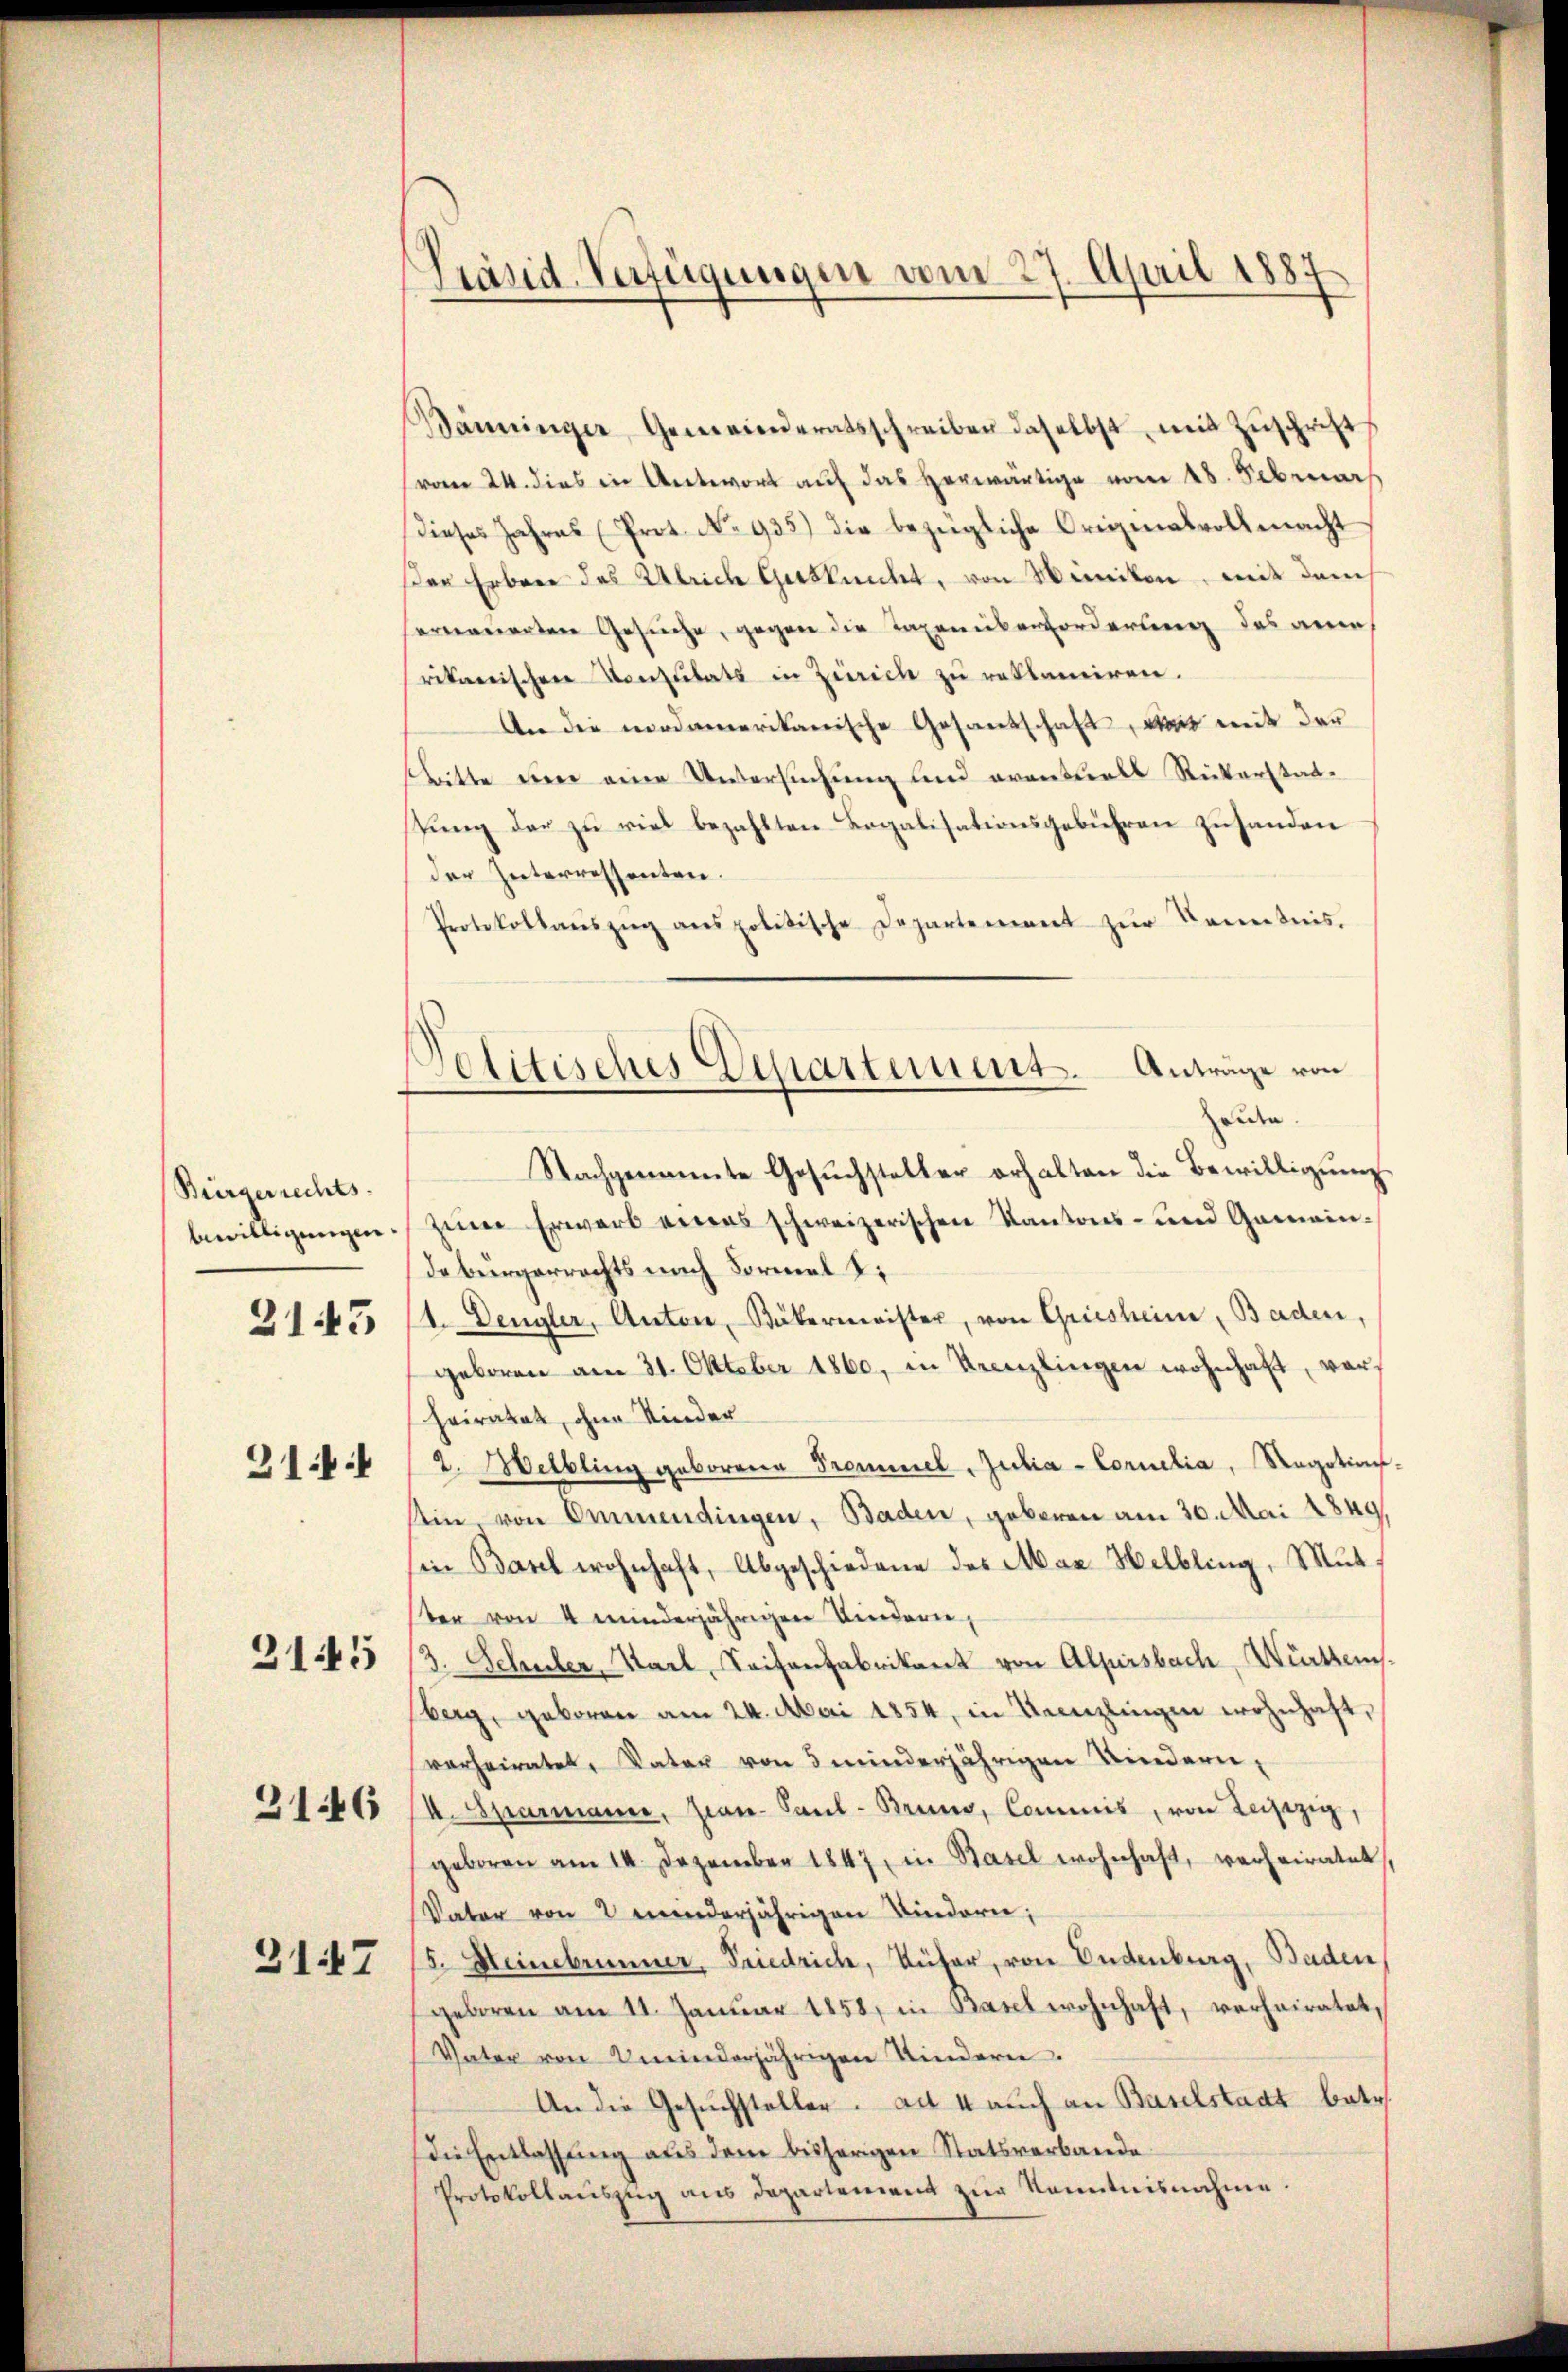
Bürgerrechts-
31:

2143

2145

3146

3147

Präsid. Verfügungen vom 27. April 1887

Bänninger Gemeinderatsschreiben daselbst, mit Zŭschrift
vom 24. dies in Antwort auf das herwärtige vom 18. Februar
dieses Jahres (Prot. No 935) die bezügliche Originalvollmacht
Der Erbene des Ulrich Gasknecht, von Winikon, mit dem
sermauerten Gesuche, gegen die Taxenüberforderung des an
rikarischen Konsulats in Zürich zu reklamiren.
An die modamerikanische Gesandschaft, was mit der
stritte der eine Untersuchung und eventuals Rückerstadstŭng der zu viel bezahlten Legalisationsgebühren zŭsanden
der Interressenten.
Protokollaŭszŭg anspolitische Departement zŭr Kenntnis.
Nachgenannte Gesŭchsteller erhalten die Bewilligŭng
bewilligungen zum Erwarb eines schweizerischen Kantons- und Gemeindebürgerrechts nach Formel Ti
1. Dengler, Anton, Bäkermeister, von Griesheim, Baden,
geboren am 31. Oktober 1860, in Kreuzlingen wohnhaft, vor¬
Heiratet, ohne Kinder
2. Melbling geborene Trommel, Julia - Concilia, Ragations-
Ein von Emmendingen, Baden, geboren am 20. Mai 1849
in Basel wohnhaft, Abgeschiedene des Max Helbling, Mutter von 4 minderjährigen Kindern,
3. Schuler, Karl, Saisanfabrikant von Alprsbach, Würtemberg, geboren am 24. Mai 1854, in Kanzlingen wohnhaft,
verheiratet, Vater von 5 minderjährigen Kindern,
4. Sparmann, Jean Paul- Bruno, Commis, von Leipzig,
geboren am 14. Dezember 1847, in Basel wohnhaft, verheiratet,
Vater von 2 minderjährigen Kindern;
/5. Heinebrunner, Friedrich, Rüter, von Endenburg, Baden,
geboren am 11. Januar 1858, in Basel wohnhaft, verheiratet,
Vater von minderjährigen Kindern
An die Gesuchsteller. ad 4 auch an Baselstadt betr.
(die Entlassung aus dem bisherigen Statsverbande
Protokollauszug aus Departement zur Kenntnisnahme.

Anträge von
Politisches Departement.
riden.